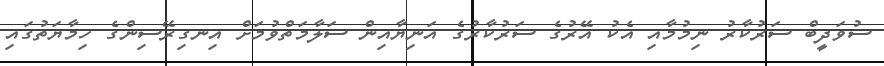
ސުވަދީބް ސަރުކާރު ނިމުމާއި އެކު އޭރުގެ ސަރުކާރުގެ އަނިޔާއިން ސަލާމަތްވުމަށް އިނގިރޭސިންގެ ހިމާޔަތުގައި